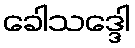
ခေါသဒ္ဒေါ